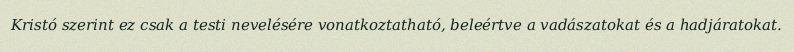
Kristó szerint ez csak a testi nevelésére vonatkoztatható, beleértve a vadászatokat és a hadjáratokat.